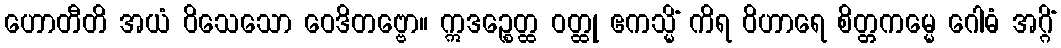
ဟောတီတိ အယံ ဝိသေသော ဝေဒိတဗ္ဗော။ ဣဒဉ္စေတ္ထ ဝတ္ထု ဧကသ္မိံ ကိရ ဝိဟာရေ စိတ္တကမ္မေ ဂေါဓံ အဂ္ဂိံ